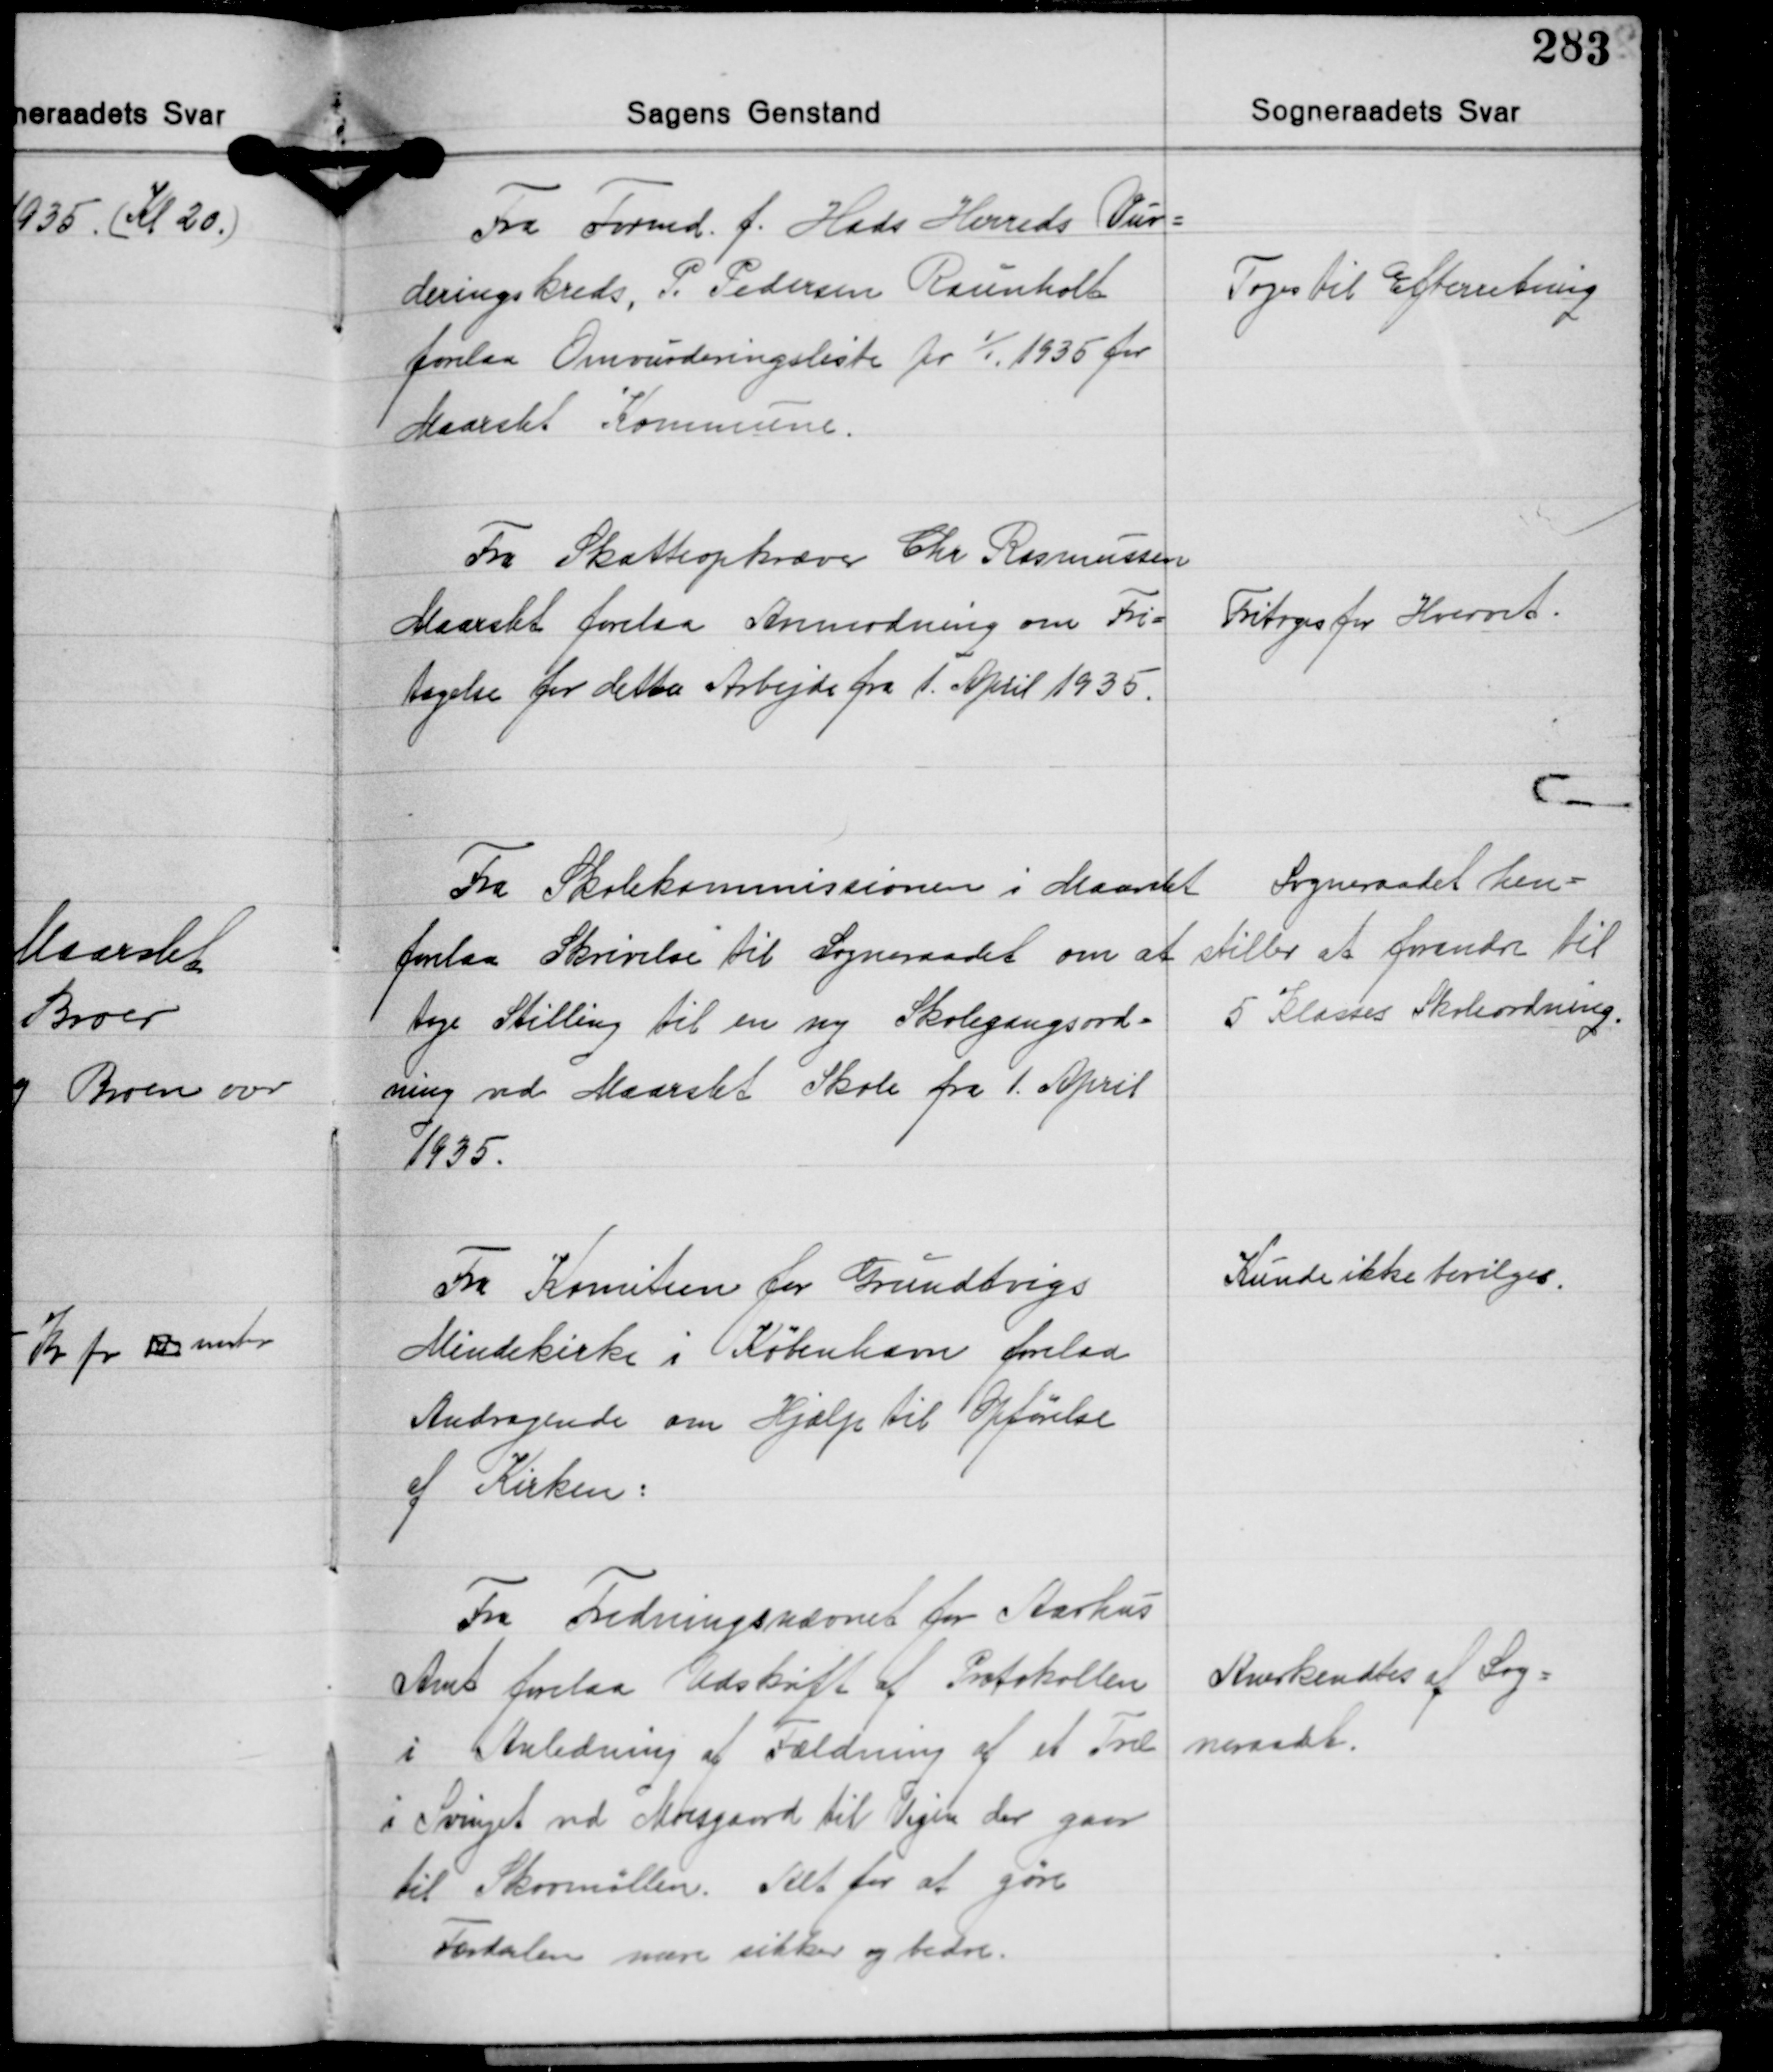
Transskription:
Fra Formd. f. Hads Herreds Vur-
deringskreds, P. Pedersen Raunholt
forelaa Omvurderingsliste pr. 1/1 1935 for
Maarslet Kommune.

Toges til Efterretning

Fra Skatteopkræver Chr. Rasmussen
Maarslet forelaa Anmodning om Fri-
tagelse for dette Arbejde fra 1. April 1935.

Fritoges for Hvervet.

Fra Skolekommissionen i Maarslet
forelaa Skrivelse til Sogneraadet om at
tage Stilling til en ny Skolegangsord-
ning ved Maarslet Skole fra 1. April
1935.

Sogneraadet hen-
stiller at forandre til
5 Klasses Skoleordning.

Fra Komiteen for Grundtvigs
Mindekirke i København forelaa
Andragende om Hjælp til Opførelse
af Kirken:

Kunde ikke bevilges.

Fra Fredningsnævnet for Aarhus
Amt forelaa Udskift af Protokollen
i Anledning af Fældning af et Træ
i Svinget ved Moesgaard til Vejen der gaar
til Skovmøllen. Alt for at gøre
Færdselen mere sikker og bedre.

Anerkendtes af Sog-
neraadet.